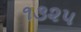
૧૩૨૫